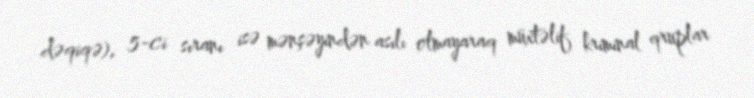
dəqiqə), 5-ci sıranı isə mənşəyindən asılı olmayaraq müxtəlif kriminal qruplar